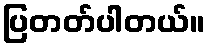
ပြတတ်ပါတယ်။